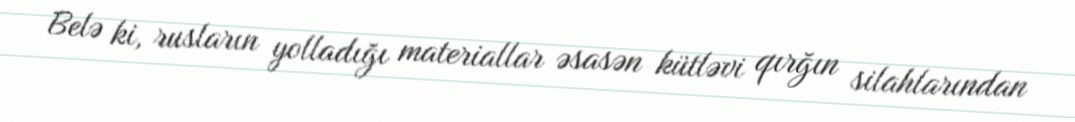
Belə ki, rusların yolladığı materiallar əsasən kütləvi qırğın silahlarından